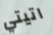
اتيتي